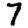
Digit: 7